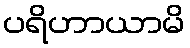
ပရိဟာယာမိ